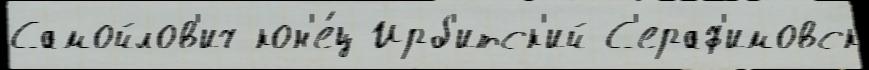
Самойлов'ич кон'е́ц Ирб'итск'ий С'ераф'имовск